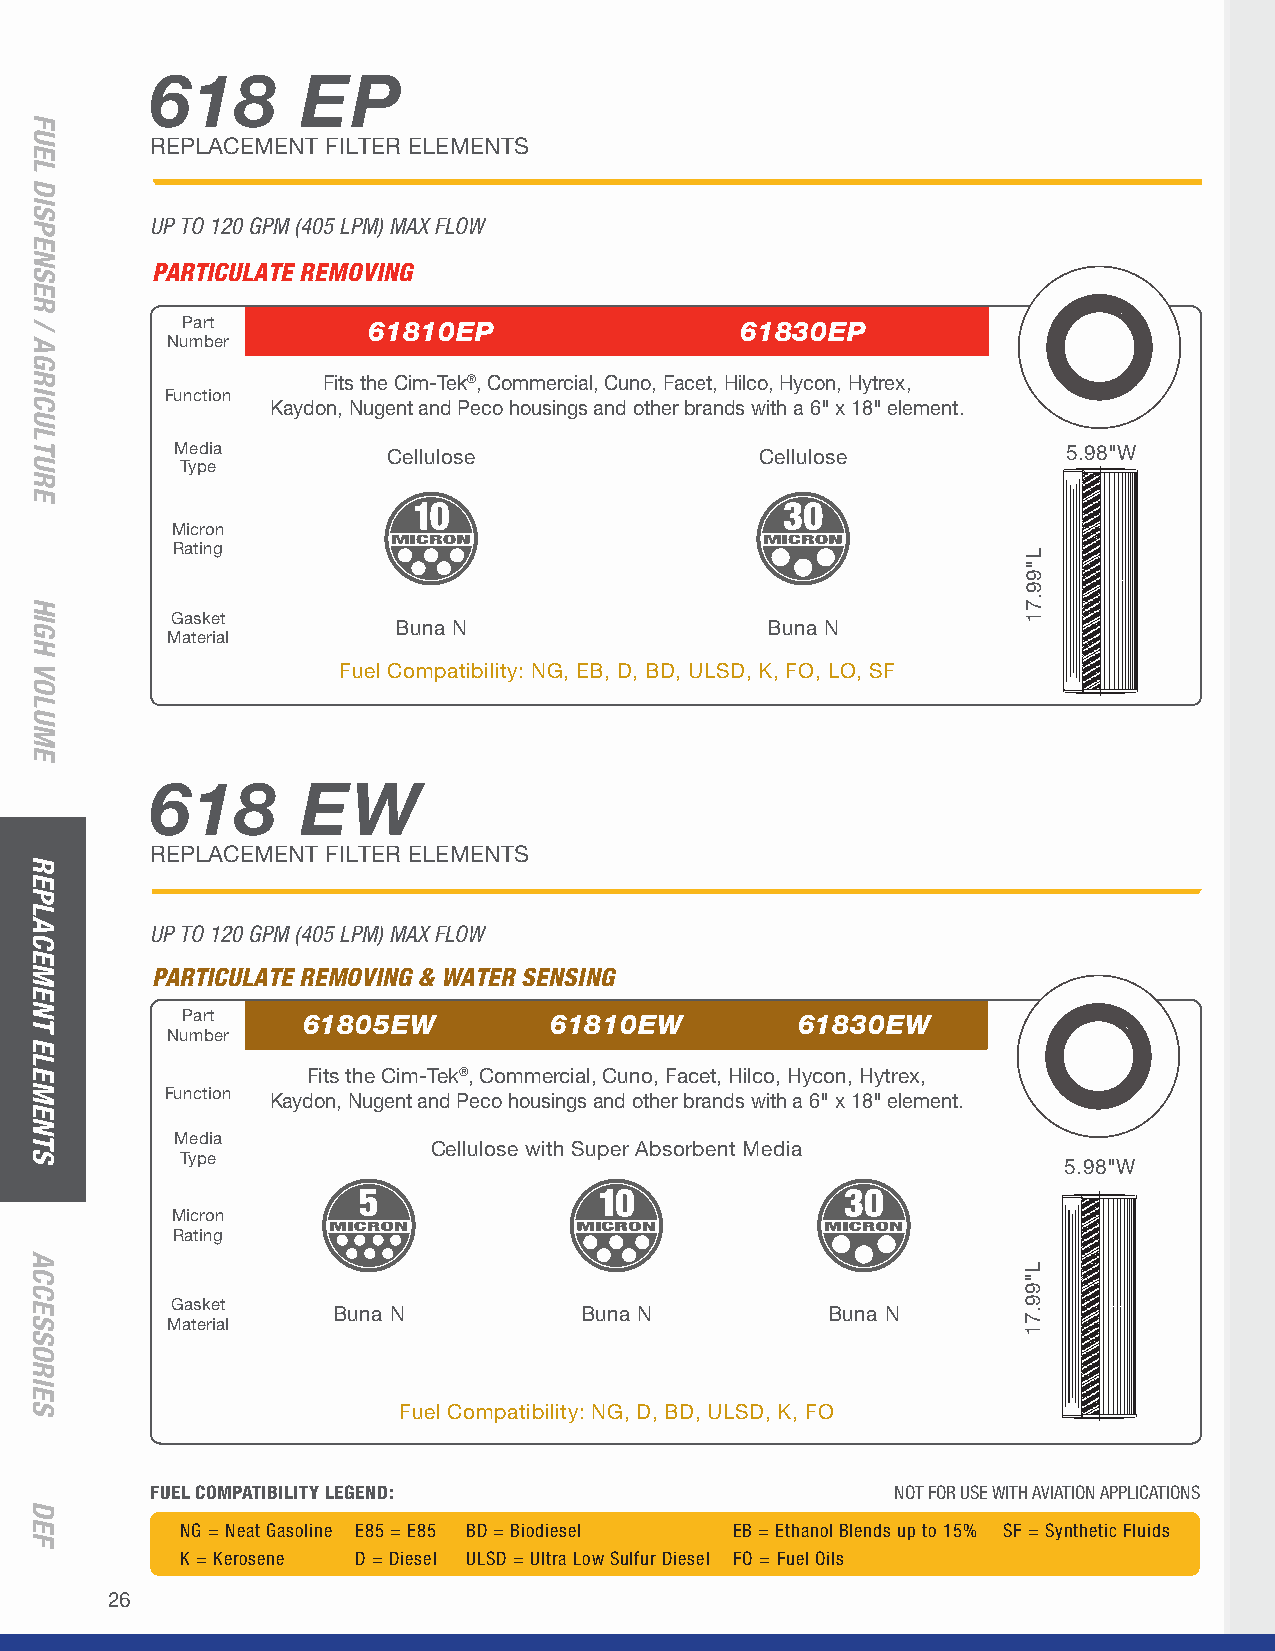
618       EP
 REPLACEMENT FILTER ELEMENTS
 UP TO 120 GPM (405 LPM) MAX FLOW
 PARTICULATE REMOVING
 Part        61810EP                  61830EP
 Number                                                      ¾"
 Fits the Cim-Tek®, Commercial, Cuno, Facet, Hilco, Hycon, Hytrex,
 Function
 Kaydon, Nugent and Peco housings and other brands with a 6" x 18" element.
 Media         Cellulose               Cellulose            5.98"W
 Type
 Micron
 Rating
 Gasket
 Buna N                   Buna N
 Material
 Fuel Compatibility: NG, EB, D, BD, ULSD, K, FO, LO, SF
 618       EW
 REPLACEMENT FILTER ELEMENTS
 UP TO 120 GPM (405 LPM) MAX FLOW
 PARTICULATE REMOVING & WATER SENSING
 Part    61805EW         61810EW          61830EW
 Number
 Fits the Cim-Tek®, Commercial, Cuno, Facet, Hilco, Hycon, Hytrex,
 Function Kaydon, Nugent and Peco housings and other brands with a 6" x 18" element.
 Media
 Cellulose with Super Absorbent Media
 Type                                                      5.98"W
 Micron
 Rating
 Gasket
 Buna N          Buna N           Buna N
 Material
 Fuel Compatibility: NG, D, BD, ULSD, K, FO
 FUEL COMPATIBILITY LEGEND:                       NOT FOR USE WITH AVIATION APPLICATIONS
 NG = Neat Gasoline E85 = E85 BD = Biodiesel EB = Ethanol Blends up to 15% SF = Synthetic Fluids
 K = Kerosene D = Diesel ULSD = Ultra Low Sulfur Diesel FO = Fuel Oils
 26
 FUEL
 DISPENSER
 /
 AGRICULTURE
 HIGH
 VOLUME
 REPLACEMENT
 ELEMENTS
 ACCESSORIES
 DEF
 L"99.71
 L"99.71